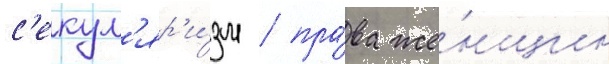
с'екул'яр'и́зм / пра́ва же́нщин